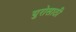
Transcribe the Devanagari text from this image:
युरोसाठी